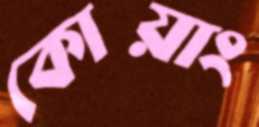
কোয়াং